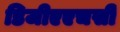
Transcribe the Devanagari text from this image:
डिजीएएचसी